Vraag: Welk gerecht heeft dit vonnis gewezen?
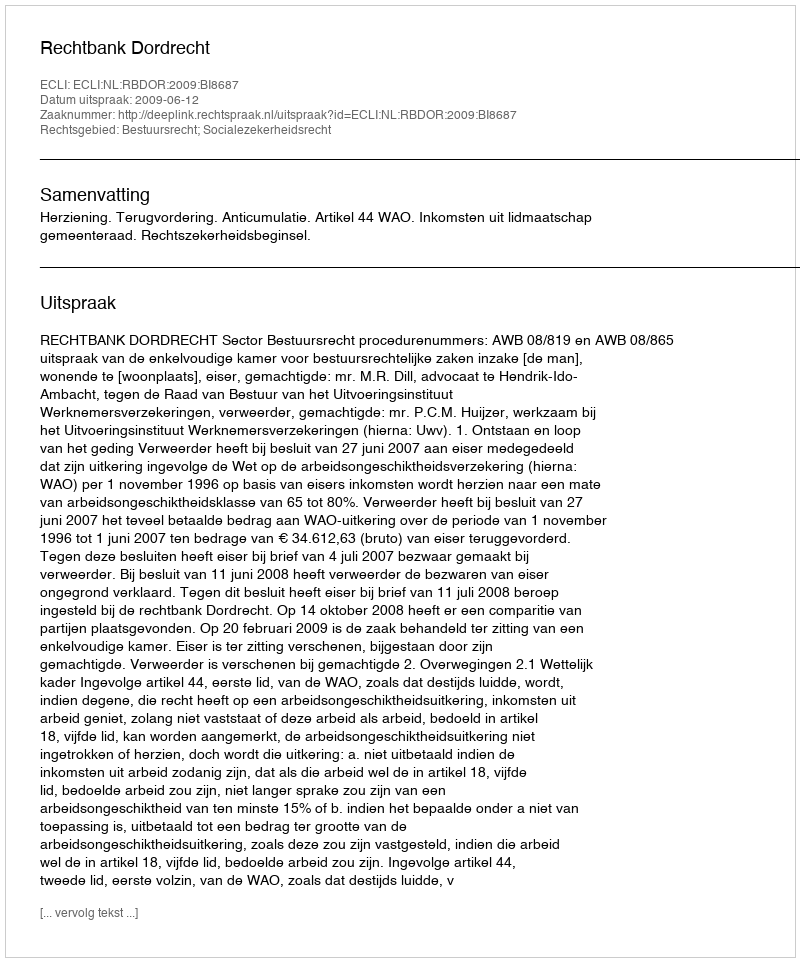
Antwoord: Rechtbank Dordrecht